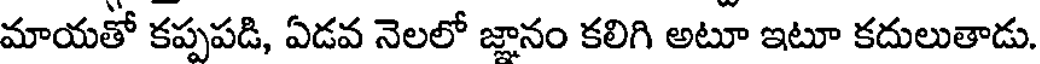
మాయతో కప్పపడి, ఏడవ నెలలో జ్ఞానం కలిగి అటూ ఇటూ కదులుతాడు.